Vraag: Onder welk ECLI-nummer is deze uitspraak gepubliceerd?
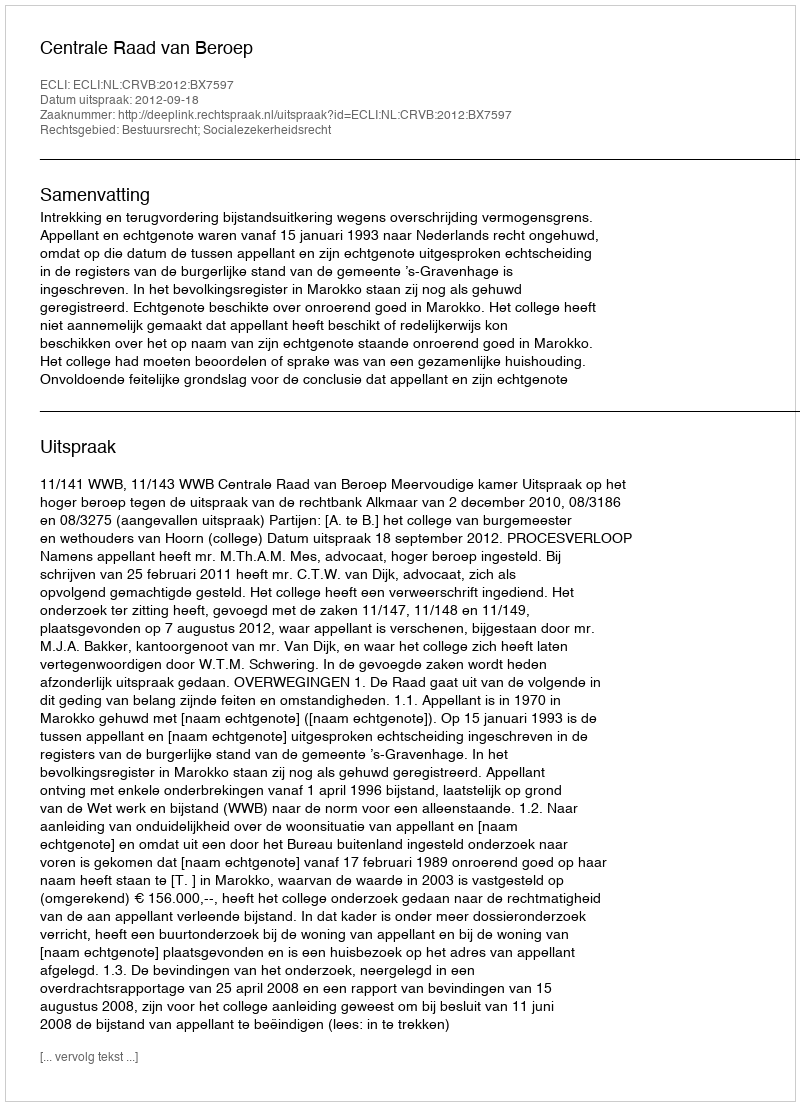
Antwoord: ECLI:NL:CRVB:2012:BX7597